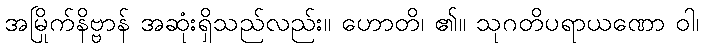
အမြိုက်နိဗ္ဗာန် အဆုံးရှိသည်လည်း။ ဟောတိ၊ ၏။ သုဂတိပရာယဏော ဝါ၊